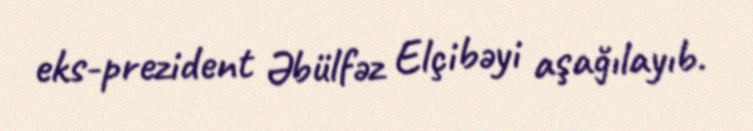
eks-prezident Əbülfəz Elçibəyi aşağılayıb.